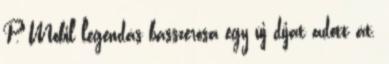
P. Mobil legendás basszerosa egy új díjat adott át.